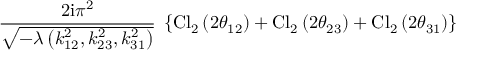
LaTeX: \frac { 2 \mathrm { i } \pi ^ { 2 } } { \sqrt { - \lambda \left( k _ { 1 2 } ^ { 2 } , k _ { 2 3 } ^ { 2 } , k _ { 3 1 } ^ { 2 } \right) } } \; \left\{ \mathrm { C l } _ { 2 } \left( 2 \theta _ { 1 2 } \right) + \mathrm { C l } _ { 2 } \left( 2 \theta _ { 2 3 } \right) + \mathrm { C l } _ { 2 } \left( 2 \theta _ { 3 1 } \right) \right\}